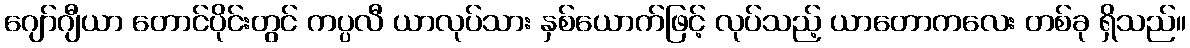
ဂျော်ဂျီယာ တောင်ပိုင်းတွင် ကပ္ပလီ ယာလုပ်သား နှစ်ယောက်ဖြင့် လုပ်သည့် ယာတောကလေး တစ်ခု ရှိသည်။